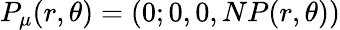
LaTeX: P_{\mu}(r,\theta)=(0;0,0,NP(r,\theta))